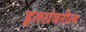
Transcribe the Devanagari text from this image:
इतरांवरील